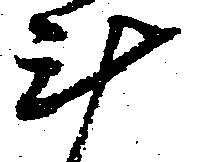
斗